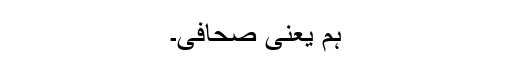
ہم یعنی صحافی۔